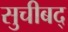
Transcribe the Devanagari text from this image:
सुचीबद्